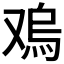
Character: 𠭬